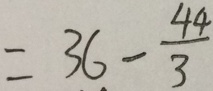
= 3 6 - \frac { 4 4 } { 3 }